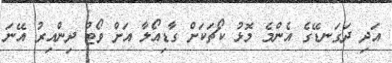
އަދި ދަަގަނޑޭގެ އެންމެ މޮޅު ކޯޗަކަށް ގާޑިއޯލާ އަށް ވޯޓް ދިންއިރު އޭނަ